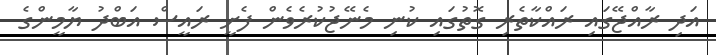
އަދި ރާއްޖޭގައި ރައްކާތެރި ގޮތުގައި ކުނި މެނޭޖުކުރެވެން ފެށީ ރައީސް އަބްދު ޔާމީންގެ